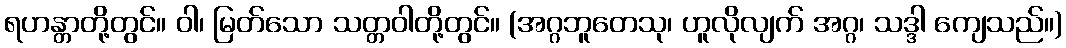
ရဟန္တာတို့တွင်။ ဝါ၊ မြတ်သော သတ္တဝါတို့တွင်။ (အဂ္ဂဘူတေသု၊ ဟူလိုလျက် အဂ္ဂ၊ သဒ္ဒါ ကျေသည်။)